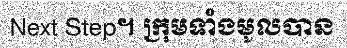
Next Step។ ក្រុមទាំងមូលបាន